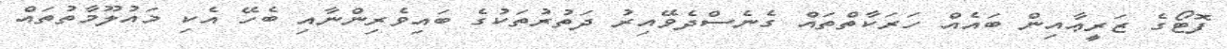
ފޮޓޯގެ ޒަރީޢާއިން ބައެއް ހަރަކާތްތައް ގެނެސްދެވޭއިރު ދަތުރުތަކުގެ ބައިވެރިންނާއި ބެހޭ އެކި މައުލޫމާތުތައް